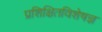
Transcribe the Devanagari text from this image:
प्रशिक्षितविशेषज्ञ